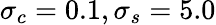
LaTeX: \sigma_{c}=0.1,\sigma_{s}=5.0